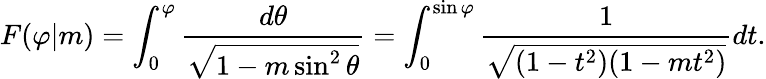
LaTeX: F(\varphi|m)=\int_{0}^{\varphi}\frac{d\theta}{\sqrt{1-m\sin^{2}\theta}}=\int_{0}^{\sin\varphi}\frac{1}{\sqrt{(1-t^{2})(1-mt^{2})}}dt.